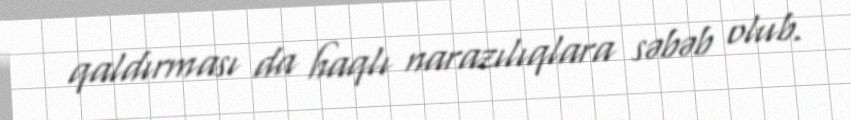
qaldırması da haqlı narazılıqlara səbəb olub.